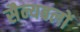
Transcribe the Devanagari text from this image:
सैन्यबलों